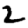
Digit: 2